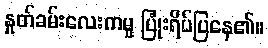
နှုတ်ခမ်းလေးကမူ ပြုံးရိပ်ပြနေ၏။